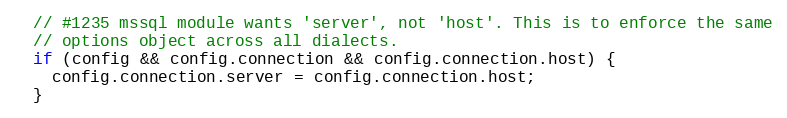
Language: JavaScript
  // #1235 mssql module wants 'server', not 'host'. This is to enforce the same
  // options object across all dialects.
  if (config && config.connection && config.connection.host) {
    config.connection.server = config.connection.host;
  }